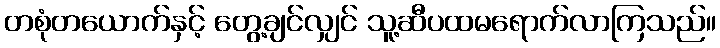
တစုံတယောက်နှင့် တွေ့ချင်လျှင် သူ့ဆီပထမရောက်လာကြသည်။